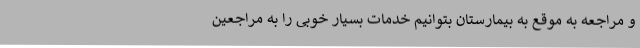
و مراجعه به موقع به بیمارستان بتوانیم خدمات بسیار خوبی را به مراجعین